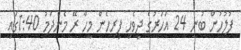
ފުލުހުން ބުނީ 24 އަހަރުގެ ދިވެހި ފިރިހެން މީހާ ރޭ މެންދަމު 1:40ގައި